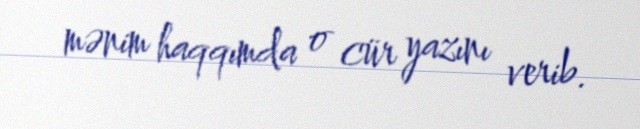
mənim haqqımda o cür yazını verib.